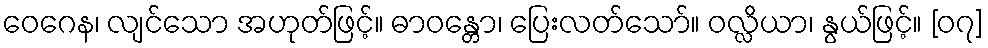
ဝေဂေန၊ လျင်သော အဟုတ်ဖြင့်။ ဓာဝန္တော၊ ပြေးလတ်သော်။ ဝလ္လိယာ၊ နွယ်ဖြင့်။ [၀၇]